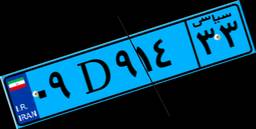
۰۹D۹۱۴۳۳